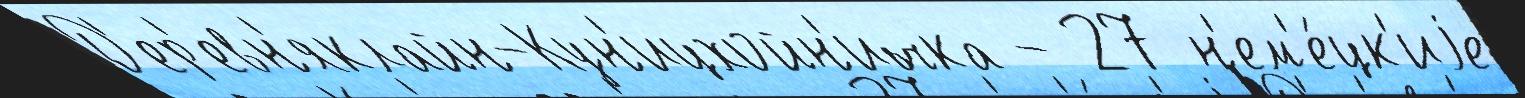
Д'ер'евн'яклайн-Кун'ицхойн'ичка - 27 н'ем'е́цк'иjе